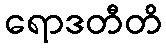
ရောဒတီတိ